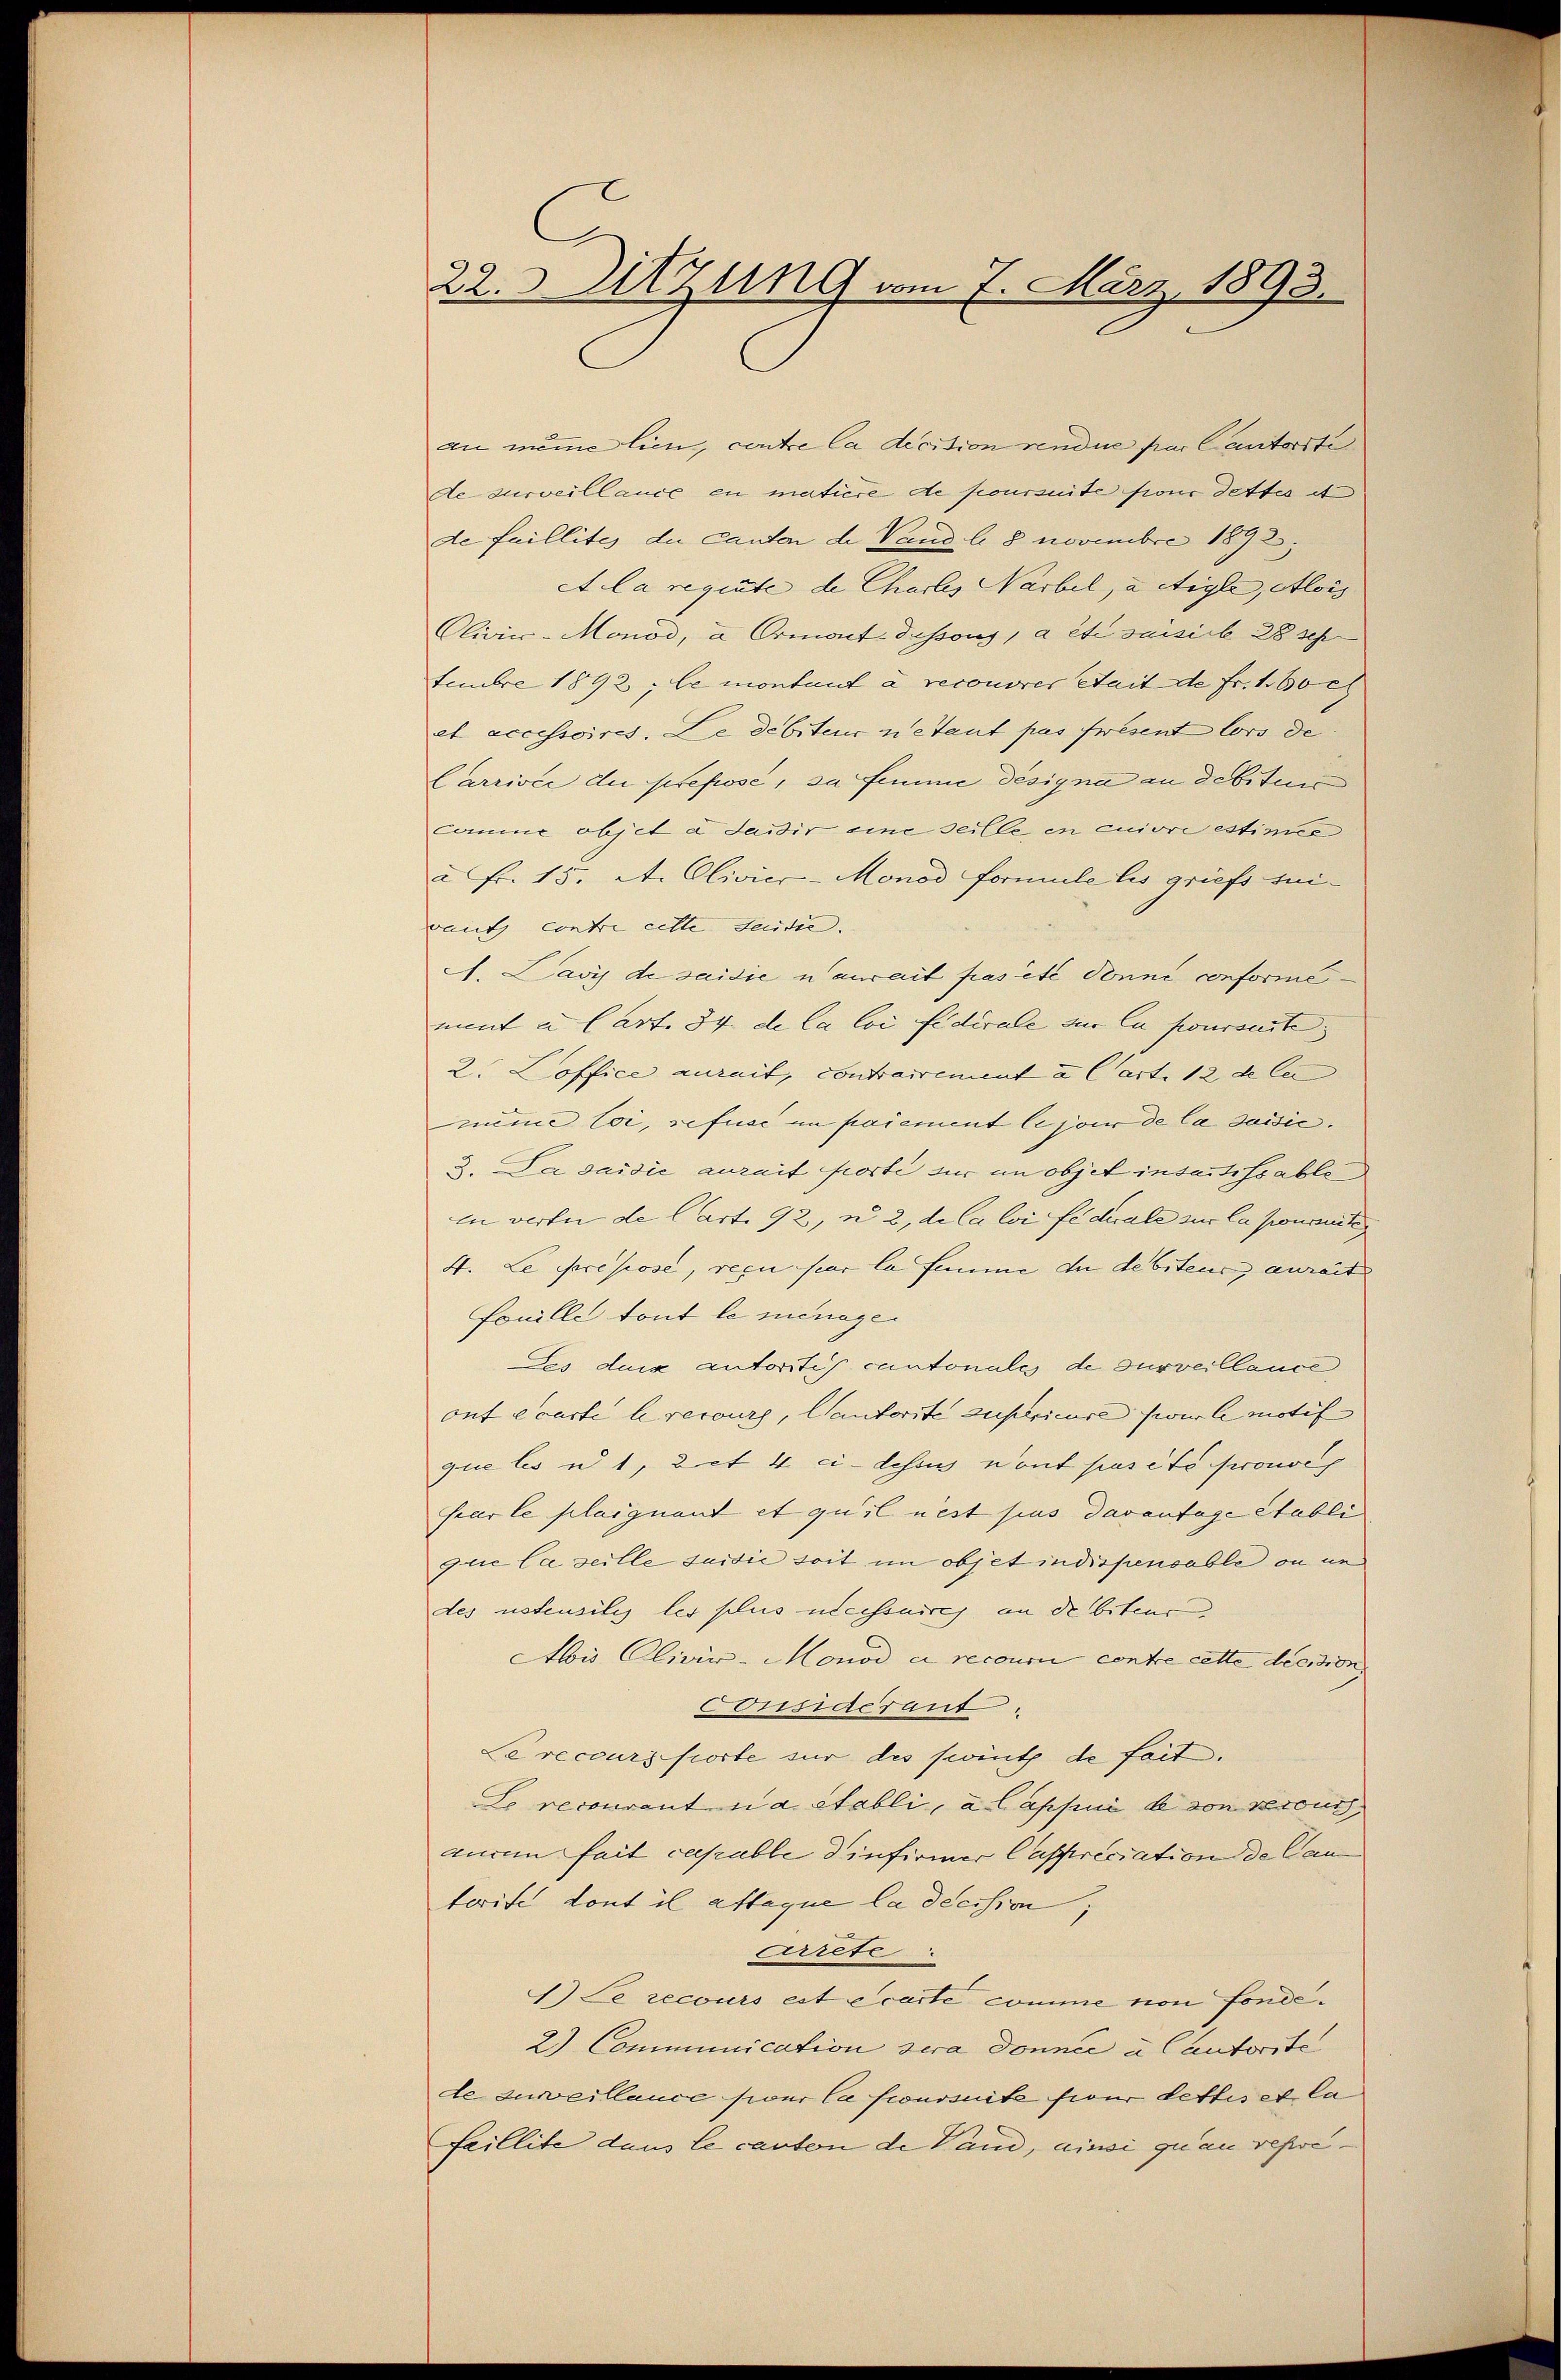
22. Sitzung vom 7. März 1893.

an meine lien, centre la decition vendue par Cantorste
de surveillance en matière de poursuite four dettes et
de faillites die Canton de Vaud l. 8 Novembre 1892
et la regirte de Chartes Narbel, aetigle, Alois
Clivicc-Monod, à Ormont-dessous, a été saisirt 28 seh
fembre 1892; le montant à recouvres stait de fr. 160 c
et accessoires. Le debiteur ne taut pas fresent lors de
Carrivée der prepose, da femme désigna an debitur
comme objet à dawir eine seille, in cuivre estimie
a Fr. 15. et. Olivier-Monod Formule les griefs sui-
vaut contre cette Seite.
A. Lavy de saidien aurait pas été donne conforme
mint u. Cart. 34 de la loi fédérale sur la poursente
2. Loffice aurait, contrairement à l’art. 12 de le
meine loi, refuse im paiement le jour de la suisić.
3. Da daidie anzeit forte für im objet insuchssable
in verte de Cart. 92, u. 2, de la loi federale zur la pronomite
4. Le propose, recu par la femme in debiteur anreit
Fonille tout le ménage
Les dura autoritis cantonale de surveillance,
ouf écarte le recourg, Cantorte zustrieure (wir le motif
que les u 1, Lit 4 ci-dessu nont pas été prouver
seur le plaignant et qu’il nest sus Davantage Stabli
guie la seille saisie soit im objet indispensable ou un
des noteusiles les plus necessaires an debiteur
Abis Cliviv-Monod a recour contre cette dession
Constacrant
Le recours porte sur des seint de fait.
Le recourant na etabli, à lapsii de von recours,
guren fait capable dinfirmer Caspriciation de Can
terist dont il attaque la decision;
Arrete
1.) Le recours est écarte comme von fonde.
2.) Communication sera donnée à Cautorite
de zuweillance sieur la foursuite sieur dettes et la
Faillite dans le carten de Vand, ainsi quan repre¬